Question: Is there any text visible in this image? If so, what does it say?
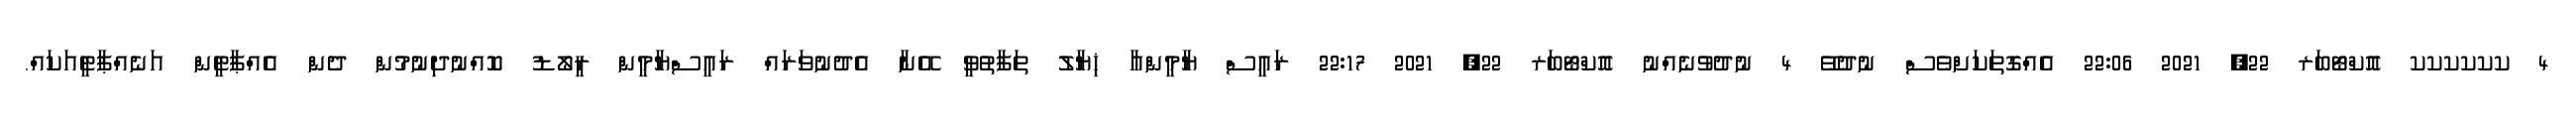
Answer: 4 ކކކކކކ އޮކްޓޯބަރ 22, 2021 22:06 އެއްގޮތަކަށްވެސް ނުދުވޭ 4 ނުދުވުނެއްނު އޮކްޓޯބަރ 22, 2021 22:17 ރައީސް ޔާމީންއާ ޚިޔާލު ތަފާތުވީ އޭނާ އެދުނުވަރައް ރައީސްޔާމީން ރީލޯޑު ކޮއްނުދިނުމުން ދެން އެއްޕާޓީން އަނެއްޕާޓީއަކައް.